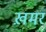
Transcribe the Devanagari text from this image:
ख़मर